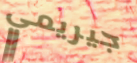
جيريمي